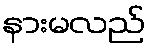
နားမလည်